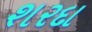
શરદા